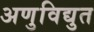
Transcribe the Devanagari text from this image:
अणुविद्युत